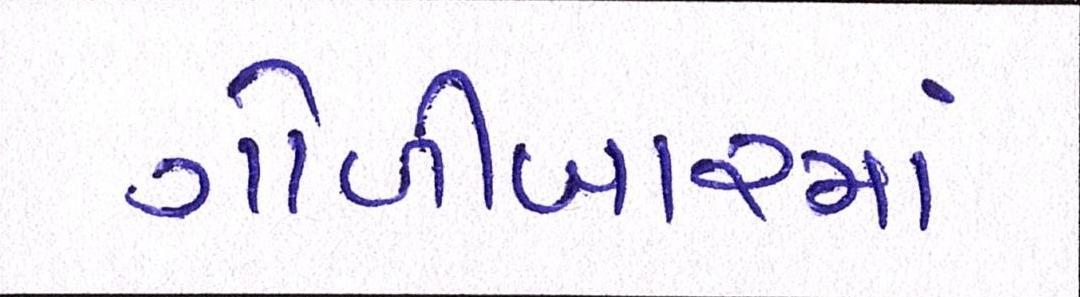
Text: ગોળીબારમાં